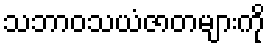
သဘာဝသယံဇာတများကို